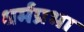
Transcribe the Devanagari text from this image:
धर्मप्रभा